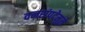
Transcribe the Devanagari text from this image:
वनसंपदेमुळे